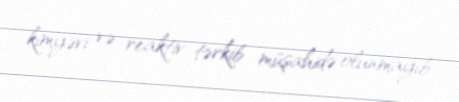
kimyəvi və reaktiv tərkib müşahidə olunmayıb.